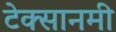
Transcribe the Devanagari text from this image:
टेक्सानमी